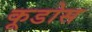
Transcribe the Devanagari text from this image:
कूडोस